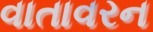
વાતાવરન